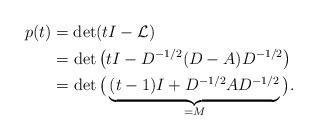
LaTeX: \begin{align*}p(t) &=\det(tI-\mathcal{L})\\&=\det\big(tI-D^{-1/2}(D-A)D^{-1/2}\big)\\&=\det\big(\underbrace{(t-1)I+D^{-1/2}AD^{-1/2}}_{=M}\big).\end{align*}